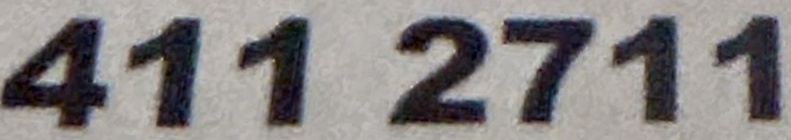
411 2711